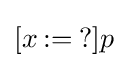
[x\mathbin {:=} {?}]p\,\!